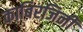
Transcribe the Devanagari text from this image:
काबिरजिनी